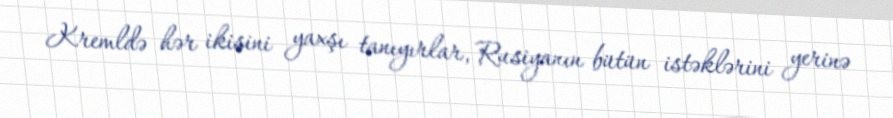
Kremldə hər ikisini yaxşı tanıyırlar, Rusiyanın bütün istəklərini yerinə